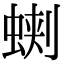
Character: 𧌥